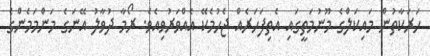
ހަރަކާތުން މައިކަލްގެ މޫނުމަތީގައި އެތިފަހަރެއް ޖެހުމެކޭ އެއްވަރުވިއެވެ. ރޯމާ ދުވާލު އޭނަގެ މަންމަމެންގެ